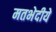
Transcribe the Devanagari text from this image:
मतभेदीये